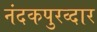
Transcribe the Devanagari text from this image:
नंदकपुरव्दार